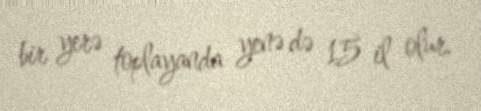
bir yerə toplayanda yenə də 15 il olur.